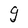
Character: g